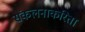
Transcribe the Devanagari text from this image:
संकलनाकरिता